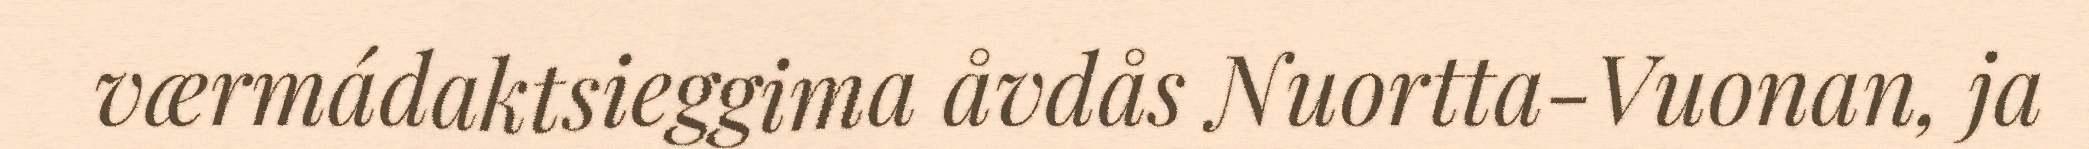
værmádaktsieggima åvdås Nuortta-Vuonan, ja